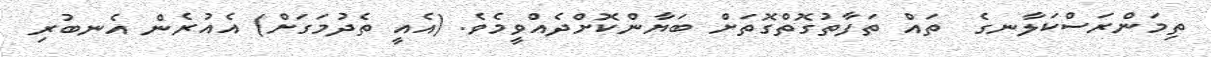
ތިމަންރަސްކަލާނގެ  ތައް ތަފާތުގޮތްގޮތަށް ބަޔާންކޮށްދެއްވީމެވެ. (އެއީ ތެދުމަގަށް) އެއުރެން އެނބުރި